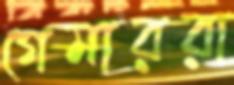
গেমাররা